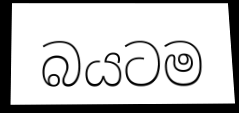
බයටම